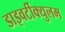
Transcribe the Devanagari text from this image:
डाइवर्टीक्युलम